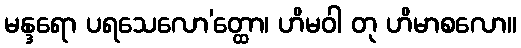
မန္ဒရော ပရသေလော’တ္ထော၊ ဟိမဝါ တု ဟိမာစလော။